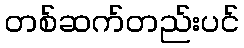
တစ်ဆက်တည်းပင်